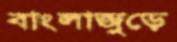
বাংলাজুড়ে